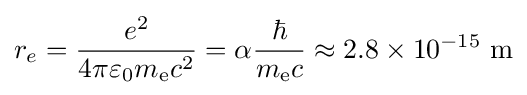
r_{e}={e^{2} \over 4\pi \varepsilon _{0}m_{\mathrm {e} }c^{2}}=\alpha {\hbar  \over m_{\mathrm {e} }c}\approx 2.8\times 10^{-15}\ \mathrm {m}